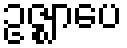
ဥဇ္ဈာပေ